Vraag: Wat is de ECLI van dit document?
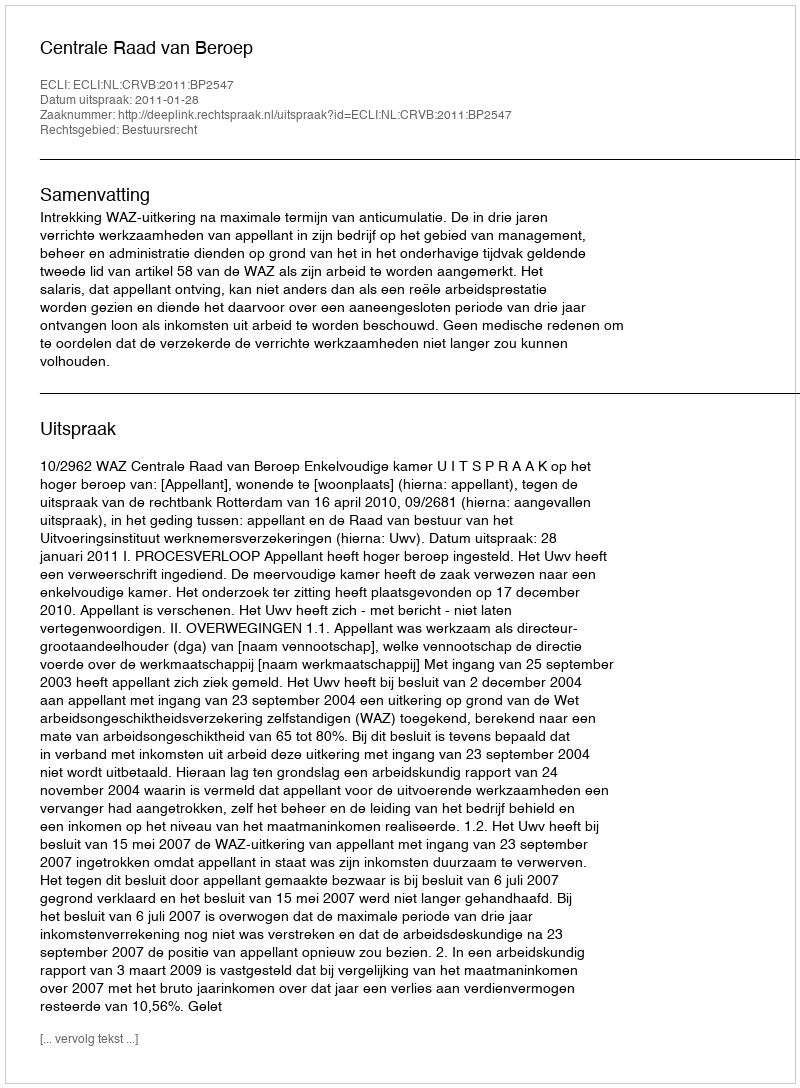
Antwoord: ECLI:NL:CRVB:2011:BP2547